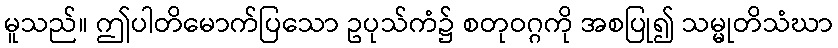
မူသည်။ ဤပါတိမောက်ပြသော ဥပုသ်ကံ၌ စတုဝဂ္ဂကို အစပြု၍ သမ္မုတိသံဃာ